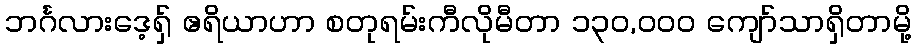
ဘင်္ဂလားဒေ့ရှ် ဧရိယာဟာ စတုရမ်းကီလိုမီတာ ၁၃၀,၀၀၀ ကျော်သာရှိတာမို့